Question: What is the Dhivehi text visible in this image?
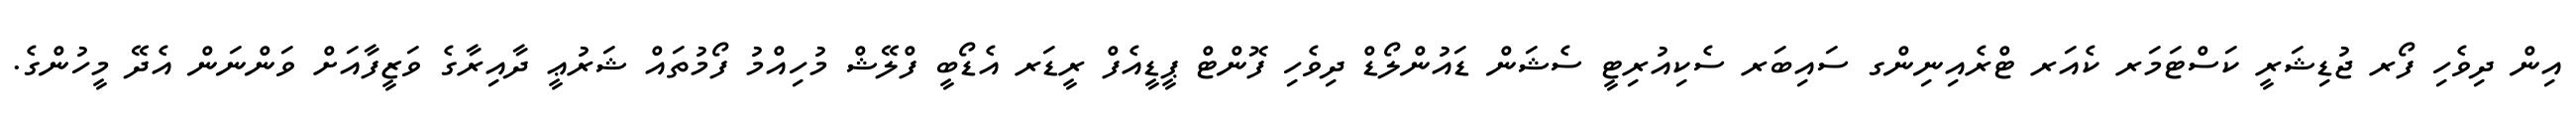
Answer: އިން ދިވެހި ފޯރ ޖުޑިޝަރީ ކަސްޓަމަރ ކެއަރ ޓްރެއިނިންގ ސައިބަރ ސެކިއުރިޓީ ސެޝަން ޑައުންލޯޑް ދިވެހި ފޮންޓް ޕީޑީއެފް ރީޑަރ އެޑޯބީ ފްލޭޝް މުހިއްމު ފޯމުތައް ޝަރުޢީ ދާއިރާގެ ވަޒީފާއަށް ވަންނަން އެދޭ މީހުންގެ.